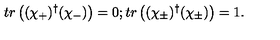
t r \left( ( \chi _ { + } ) ^ { \dagger } ( \chi _ { - } ) \right) = 0 ; t r \left( ( \chi _ { \pm } ) ^ { \dagger } ( \chi _ { \pm } ) \right) = 1 .